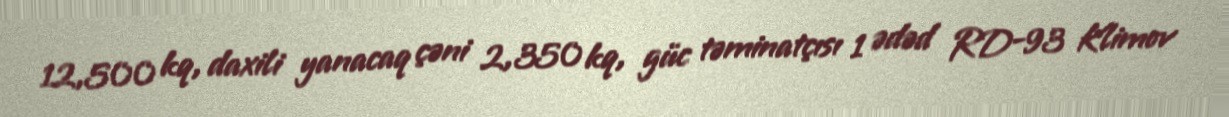
12,500 kq, daxili yanacaq çəni 2,350 kq, güc təminatçısı 1 ədəd RD-93 Klimov